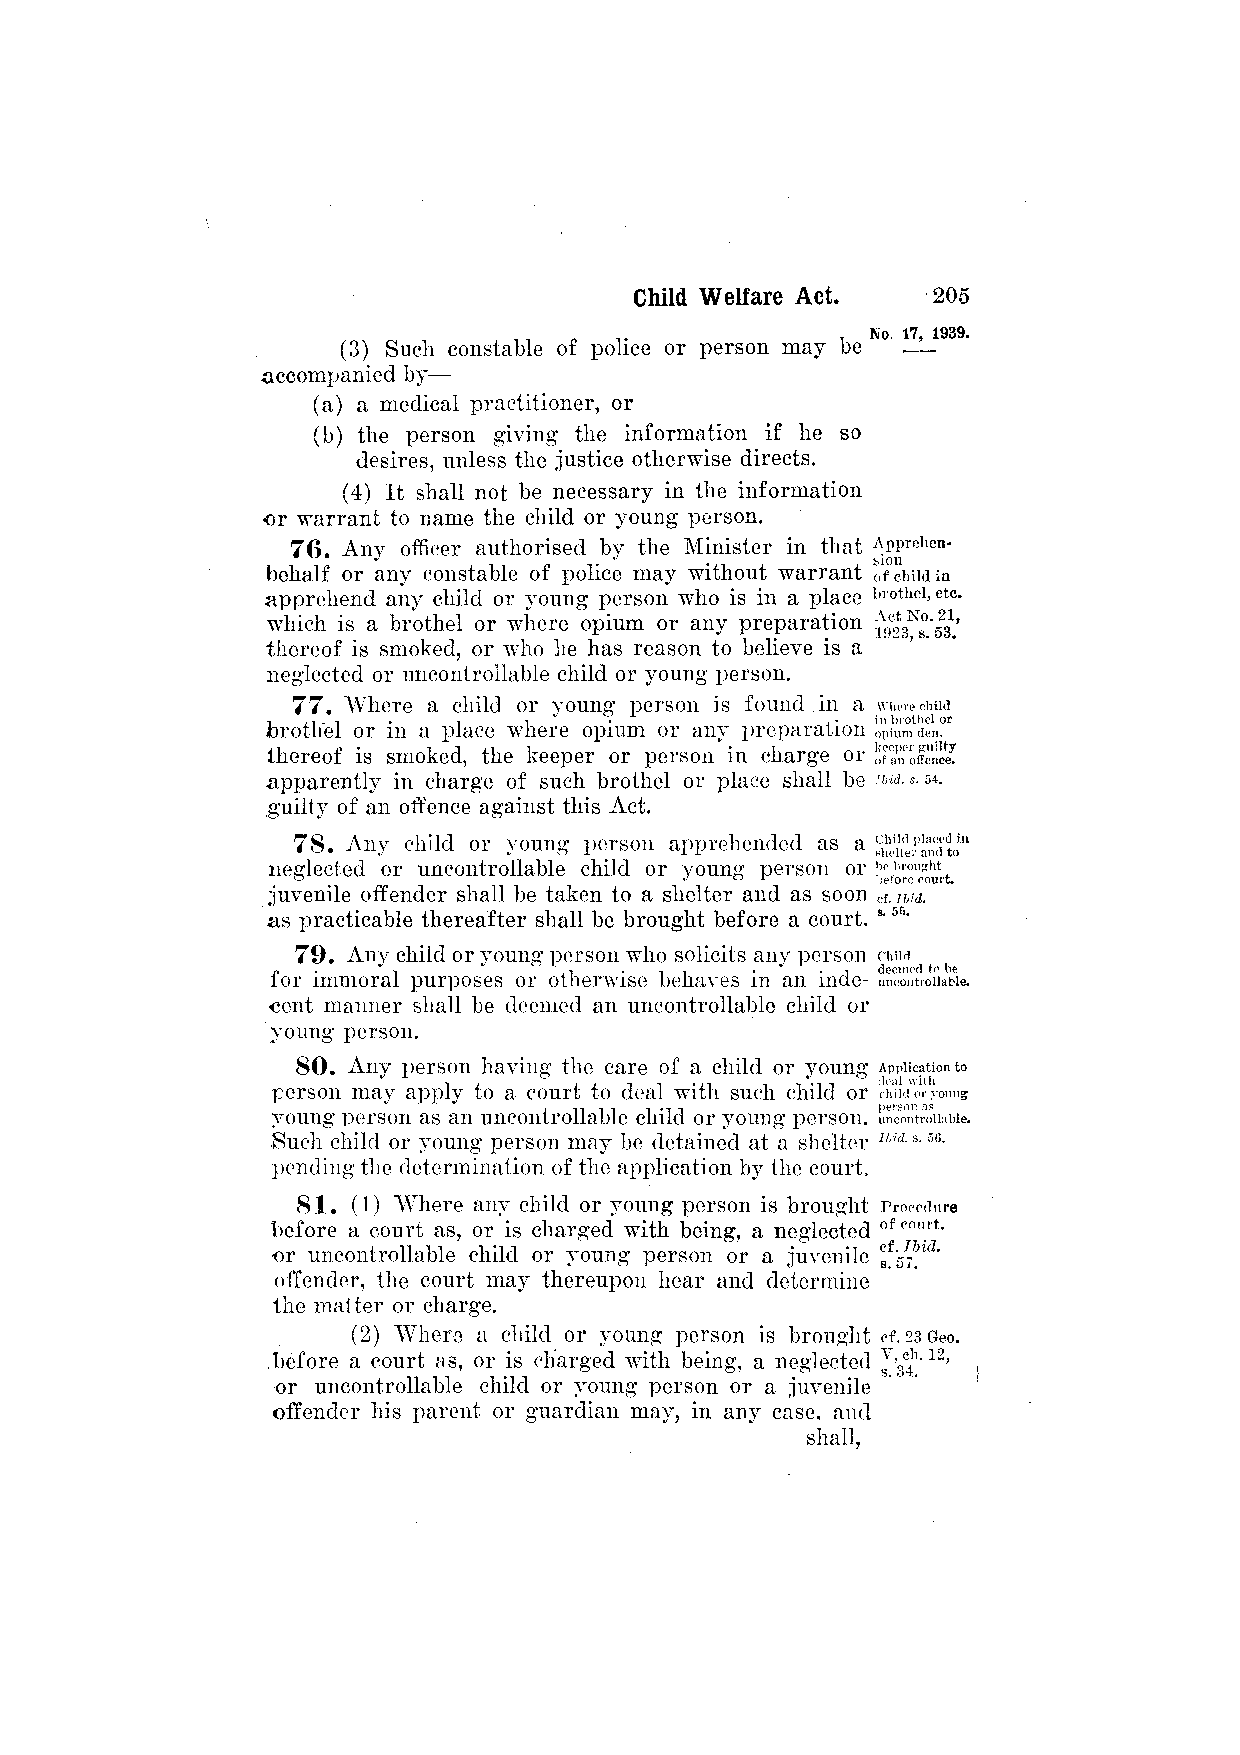
(3) Such constable of police or person may be
 accompanied by—
 (a) a medical practitioner, or
 (b) the person giving the information if he so
 desires, unless the justice otherwise directs.
 (4) It shall not be necessary in the information
 or warrant to name the child or young person.
 76. Any officer authorised by the Minister in that
 behalf or any constable of police may without warrant
 apprehend any child or young person who is in a place
 which is a brothel or where opium or any preparation
 thereof is smoked, or who he has reason to believe is a
 neglected or uncontrollable child or young person.
 77. Where a child or young person is found in a
 brothel or in a place where opium or any preparation
 thereof is smoked, the keeper or person in charge or
 apparently in charge of such brothel or place shall be
 guilty of an offence against this Act.
 78. Any child or young person apprehended as a
 neglected or uncontrollable child or young person or
 juvenile offender shall be taken to a shelter and as soon
 as practicable thereafter shall be brought before a court.
 79. Any child or young person who solicits any person
 for immoral purposes or otherwise behaves in an inde­
 cent manner shall be deemed an uncontrollable child or
 young person.
 80. Any person having the care of a child or young
 person may apply to a court to deal with such child or
 young person as an uncontrollable child or young person.
 Such child or young person may be detained at a shelter
 pending the determination of the application by the court.
 81. (1) "Where any child or young person is brought
 before a court as, or is charged with being, a neglected
 or uncontrollable child or young person or a juvenile
 offender, the court may thereupon hear and determine
 the matter or charge.
 (2) Where a child or young person is brought
 before a court as, or is charged with being, a neglected
 or uncontrollable child or young person or a juvenile
 offender his parent or guardian may, in any case, and
 shall,